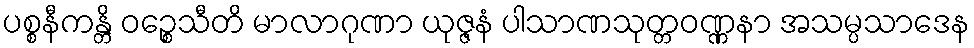
ပစ္စနီကန္တိ ဝဉ္စေသီတိ မာလာဂုဏာ ယုဇ္ဇနံ ပါသာဏသုတ္တဝဏ္ဏနာ အသမ္ပသာဒေန